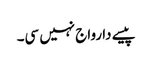
پیسے دا رواج نہیں سی۔